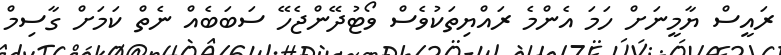
ރައީސް ޔާމީނަށް ހަމަ އެންމެ ރައްޔިތަކުވެސް ވޯޓުދޭންޖެހޭ ސަބަބެއް ނެތް ކަމަށް ގާސިމް